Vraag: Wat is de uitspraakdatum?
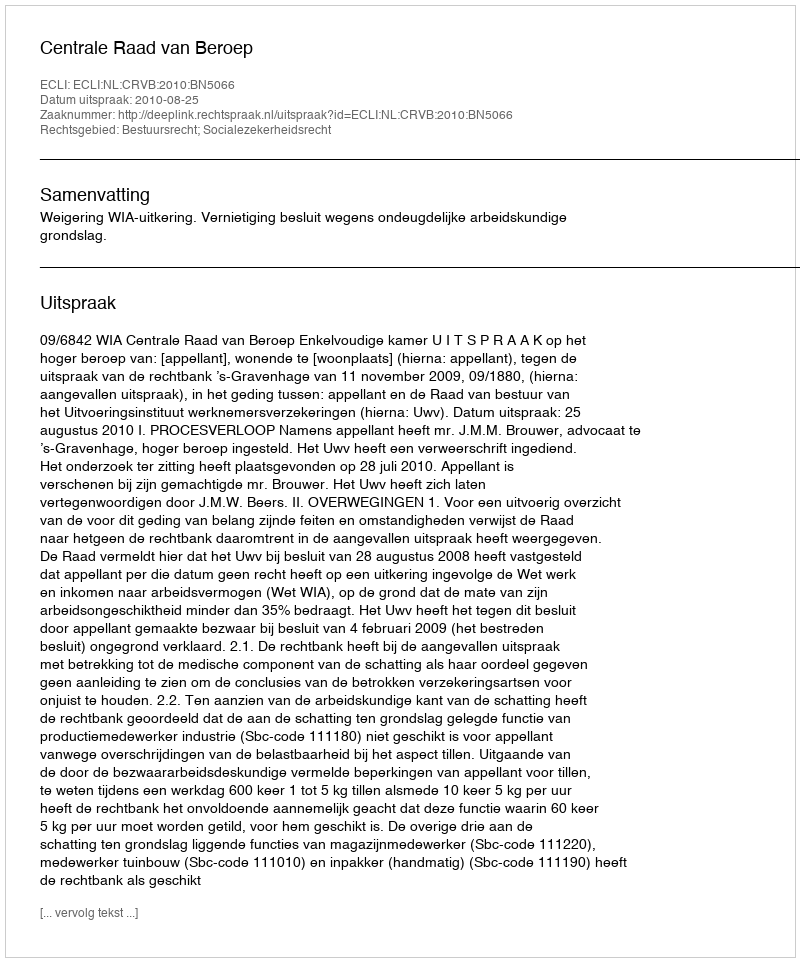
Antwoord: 2010-08-25